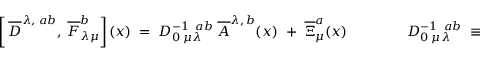
\left[ \frac { } { } \overline { { { D } } } ^ { \lambda , \; a b } , \; \overline { { { F } } } _ { \lambda \mu } ^ { b } \right] ( x ) \; = \; { \cal D } _ { 0 \; \mu \lambda } ^ { - 1 \; \; a b } \; \overline { { { A } } } ^ { \lambda , \, b } ( x ) \; \; + \; \; \overline { { { \Xi } } } _ { \mu } ^ { a } ( x ) \; \; \; \; \; \; \; \; \; \; \; \; \; \; \; { \cal D } _ { 0 \; \mu \lambda } ^ { - 1 \; \; a b } \; \equiv \; \delta ^ { a b } \, \left( g _ { \mu \lambda } \partial _ { x } ^ { 2 } - \partial _ { \mu } ^ { x } \partial _ { \lambda } ^ { x } - n _ { \mu } n _ { \lambda } \right) \; ,